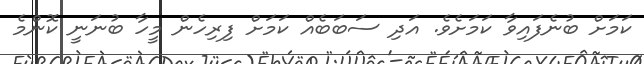
ކަމަށް ބުނެފައިވާ ކަމަށެވެ. އަދި ސަބަބެއް ކަމަށް ފިރިހެން މީހާ ބުނަނީ ކޮންމެ